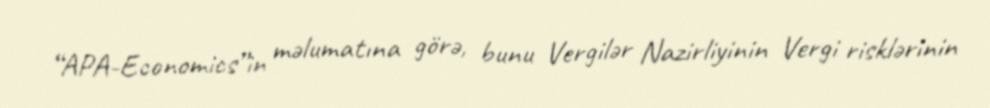
“APA-Economics”in məlumatına görə, bunu Vergilər Nazirliyinin Vergi risklərinin